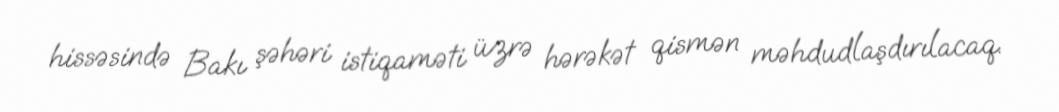
hissəsində Bakı şəhəri istiqaməti üzrə hərəkət qismən məhdudlaşdırılacaq.